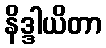
နိဒ္ဒါယိတာ